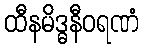
ထီနမိဒ္ဓနီဝရဏံ